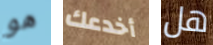
هو أخدعك هل